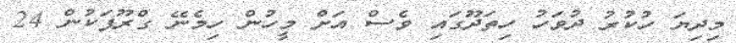
މިދިޔަ ހުކުރު ދުވަހު ހިތަދޫގައި ވެސް އަށް މީހުން ހިމެނޭ ގްރޫޕަކުން 24